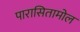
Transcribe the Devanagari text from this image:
पारासितामोल